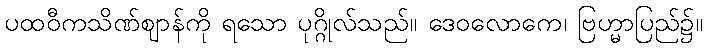
ပထဝီကသိဏ်ဈာန်ကို ရသော ပုဂ္ဂိုလ်သည်။ ဒေဝလောကေ၊ ဗြဟ္မာပြည်၌။